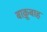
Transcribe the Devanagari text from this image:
बाक़ूबाह